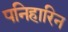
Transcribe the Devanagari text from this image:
पनिहारिन